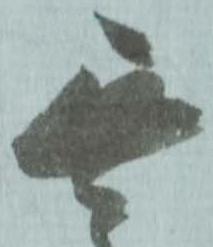
無